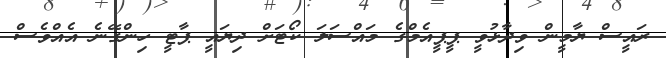
ރައީސް ޔާމީން ވިދާޅުވީ ޕީޕީއެމްގެ މައްސަލަ ކޯޓަށް ދިޔައީ ޕާޓީ ހިންގޭނެ އެއްވެސް